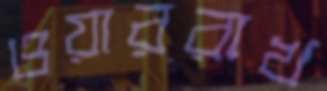
ওয়াররাখ